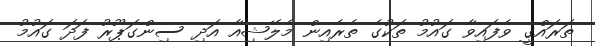
ތަރައްގީ ވެފައިވާ ގައުމު ތަކުގެ ތެރެއިން މެލޭޝިއާ އަދި ސިންގަޕޫރު ފަދަ ގައުމު